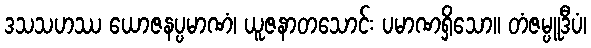
ဒသသဟဿ ယောဇနပ္ပမာဏံ၊ ယူဇနာတသောင်း ပမာဏရှိသော။ တံဇမ္ပူဒီပံ၊